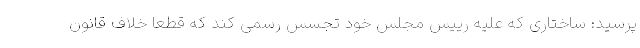
پرسید: ساختاری که علیه رییس مجلس خود تجسس رسمی کند که قطعاً خلاف قانون